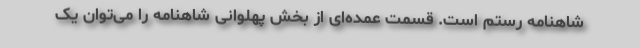
شاهنامه رستم است. قسمت عمده‌ای از بخش پهلوانی شاهنامه را می‌توان یک